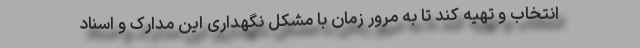
انتخاب و تهیه کند تا به مرور زمان با مشکل نگهداری این مدارک و اسناد